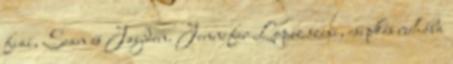
fiai, Sean és Jayden. Jennifer Lopez szexi, csipkés ruhába